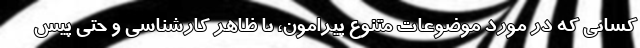
کسانی که در مورد موضوعات متنوع پیرامون، با ظاهر کارشناسی و حتی پیش